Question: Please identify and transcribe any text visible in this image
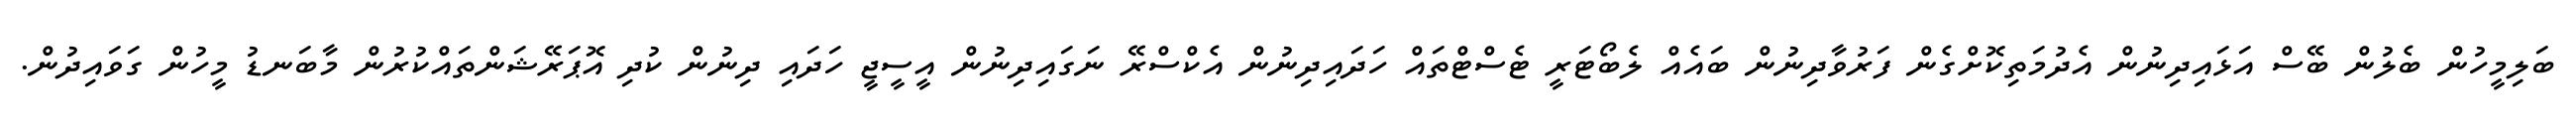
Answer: ބަލިމީހުން ބެލުން ބޭސް އަޅައިދިނުން އެދުމަތިކޮށްގެން ފަރުވާދިނުން ބައެއް ލެބޯޓަރީ ޓެސްޓްތައް ހަދައިދިނުން އެކްސްރޭ ނަގައިދިނުން އީސީޖީ ހަދައި ދިނުން ކުދި އޮޕަރޭޝަންތައްކުރުން މާބަނޑު މީހުން ގަވައިދުން.